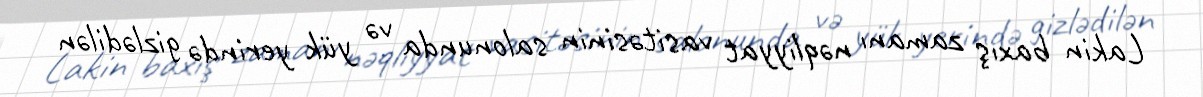
Lakin baxış zamanı nəqliyyat vasitəsinin salonunda və yük yerində gizlədilən